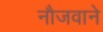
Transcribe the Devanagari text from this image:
नौजवाने